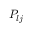
P _ { l j }